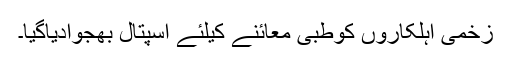
زخمی اہلکاروں کوطبی معائنے کیلئے اسپتال بھجوادیاگیا۔